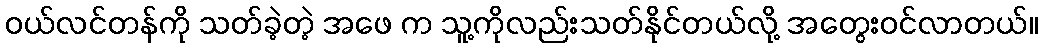
ဝယ်လင်တန်ကို သတ်ခဲ့တဲ့ အဖေ က သူ့ကိုလည်းသတ်နိုင်တယ်လို့ အတွေးဝင်လာတယ်။